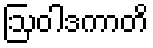
ဩဝါဒကာတိ